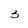
Character: 3